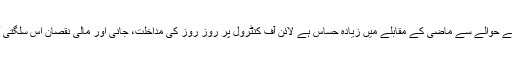
پاکستانی فوج مسئلہ کشمیر کے حوالے سے ماضی کے مقابلے میں زیادہ حساس ہے لائن آف کنٹرول پر روز روز کی مداخلت، جانی اور مالی نقصان اس سلگتی آگ پر تیل کا کام کر رہا ہے۔